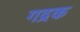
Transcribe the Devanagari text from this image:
गद्रक